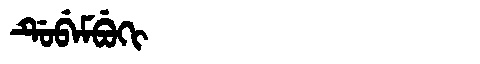
Manchu: ᡩᡠᠪᡝᠮᠪᡠᡴᡳ
Romanization: DUBEMBUKI